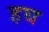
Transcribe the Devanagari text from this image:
हघ